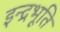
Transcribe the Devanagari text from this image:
इन्द्रभूति